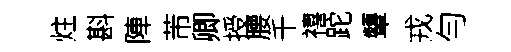
炷斟陣芾卿授腰千禧跎顰戎勻